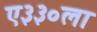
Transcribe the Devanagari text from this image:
ए३३०ला